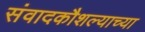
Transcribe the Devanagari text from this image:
संवादकौशल्याच्या